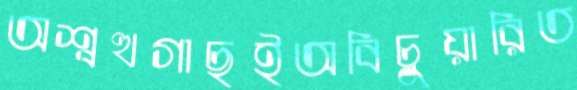
অশ্বত্থগাছইঅবিচুয়ারিত